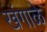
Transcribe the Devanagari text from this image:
खंगाळे